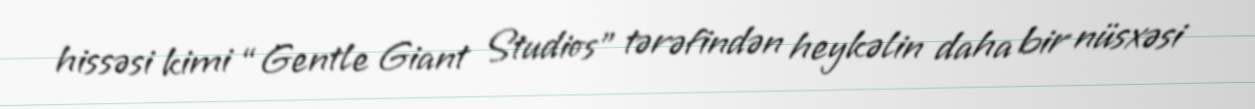
hissəsi kimi “Gentle Giant Studios” tərəfindən heykəlin daha bir nüsxəsi